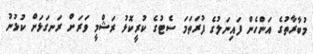
މުބާރާތުގެ އަންހެން ފައިނަލުގެ ފުރަތަމަ ސެޓުގެ ކުރީކޮޅު ރަޝްމީ ވަރަށް ރަނގަޅަށް ކުޅުނު